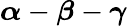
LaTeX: \boldsymbol{\alpha}-\boldsymbol{\beta}-\boldsymbol{\gamma}